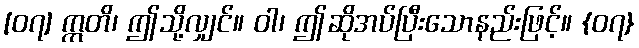
[၀၇] ဣတိ၊ ဤသို့လျှင်။ ဝါ၊ ဤဆိုအပ်ပြီးသောနည်းဖြင့်။ {၀၇}